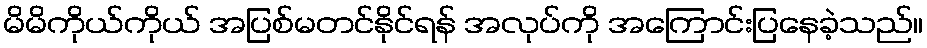
မိမိကိုယ်ကိုယ် အပြစ်မတင်နိုင်ရန် အလုပ်ကို အကြောင်းပြနေခဲ့သည်။